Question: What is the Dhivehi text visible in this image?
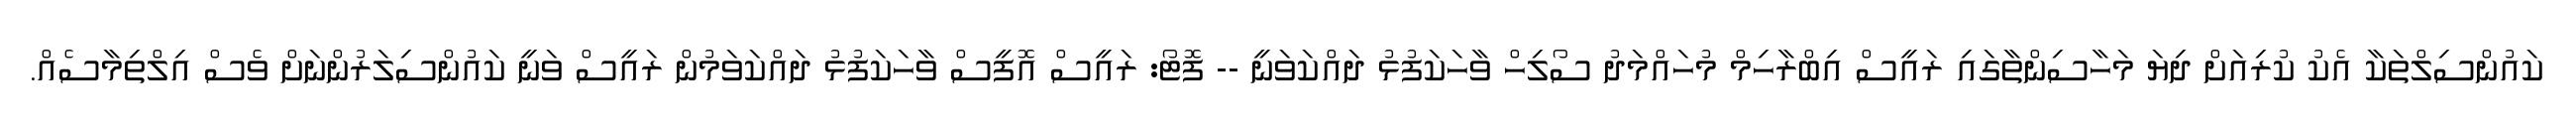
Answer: ކައުންސިލްތަކާ އެކު ކުރިއަށް ދިޔަ މަހާސިންތާގައި ރައީސް އިބްރާހިމް މުހައްމަދު ސޯލިހް ވާހަކަފުޅު ދައްކަވަނީ -- ފޮޓޯ: ރައީސް އޮފީސް ވާހަކަފުޅު ދައްކަވަމުން ރައީސް ވަނީ ކައުންސިލަރުންނަށް ވެސް އިލްތިމާސެއް.